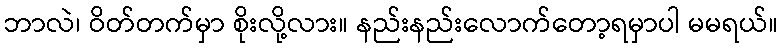
ဘာလဲ၊ ဝိတ်တက်မှာ စိုးလို့လား။ နည်းနည်းလောက်တော့ရမှာပါ မမရယ်။